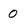
Character: 0